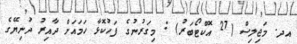
އދ. މަޖިލިސް (27 އޮކްޓޯބަރު) : މިގަރުނުގެ ފަހުކޮޅާ ހަމައަށް ދާއިރު ދުނިޔޭގެ